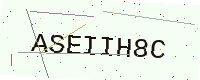
Text: ASEIIH8C